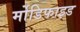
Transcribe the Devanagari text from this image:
र्मोडिफाइड